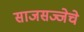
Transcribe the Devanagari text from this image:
साजसज्जेचे